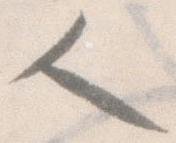
人